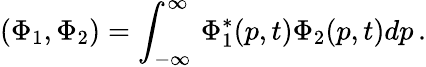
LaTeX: (\Phi_{1},\Phi_{2})=\int_{-\infty}^{\infty}\, \Phi_{1}^{*}(p,t)\Phi_{2}(p,t)dp\, .